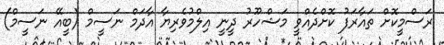
ރަސްމީކޮށް ތައާރަފު ކޮށްދެއްވީ މަޝްހޫރު ދީނީ އިލްމުވެރިޔާ އާދަމް ނަސީމް (ބީއޭ ނަސީމް)